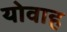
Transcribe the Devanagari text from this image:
योवाह